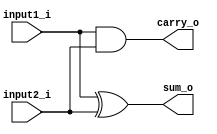
`timescale 1ns / 1ps
//////////////////////////////////////////////////////////////////////////////////
// Company: 
// Engineer: 
// 
// Design Name: 
// Module Name:    half_adder 
// Project Name: 
// Target Devices: 
// Tool versions: 
// Description: 
//
// Dependencies: 
//
// Revision: 
// Revision 0.01 - File Created
// Additional Comments: 
//
//////////////////////////////////////////////////////////////////////////////////
module half_adder(input1_i,input2_i,sum_o,carry_o);
input input1_i;
input input2_i;
output sum_o;
output carry_o;

assign sum_o = input1_i ^ input2_i;
assign carry_o = input1_i & input2_i;

endmodule